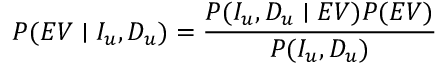
P ( E V \mid I _ { u } , D _ { u } ) = \frac { P ( I _ { u } , D _ { u } \mid E V ) P ( E V ) } { P ( I _ { u } , D _ { u } ) }